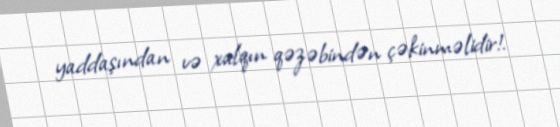
yaddaşından və xalqın qəzəbindən çəkinməlidir!.